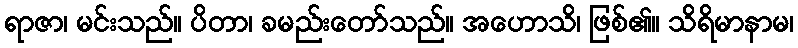
ရာဇာ၊ မင်းသည်။ ပိတာ၊ ခမည်းတော်သည်။ အဟောသိ၊ ဖြစ်၏။ သိရိမာနာမ၊